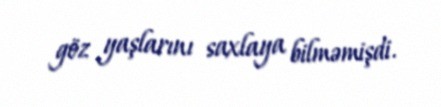
göz yaşlarını saxlaya bilməmişdi.